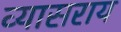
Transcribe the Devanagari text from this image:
व्यासराय